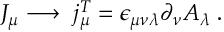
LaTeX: \, J _ { \mu } \longrightarrow \; j _ { \mu } ^ { T } = \epsilon _ { \mu \nu \lambda } \partial _ { \nu } A _ { \lambda } \; .